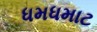
ધમધમાટ